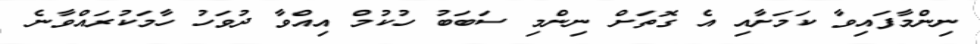
ނިންމާފައިވާ ކަމަށާއި އެ ގޮތަށް ނިންމި ސަބަބު ހުކުމް އިއްވާ ދުވަހު ހާމަކުރައްވާނެ